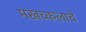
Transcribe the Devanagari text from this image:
मखच्कलाचे